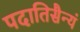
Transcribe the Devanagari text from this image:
पदातिसैन्यं